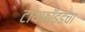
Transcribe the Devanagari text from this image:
टायफॉइडचा